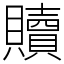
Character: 贖